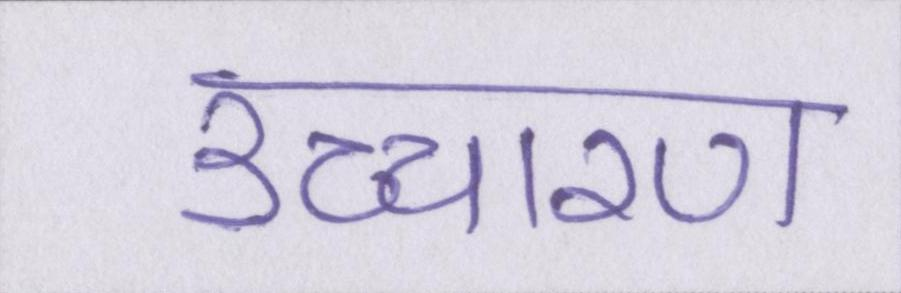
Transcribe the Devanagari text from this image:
उच्चारण